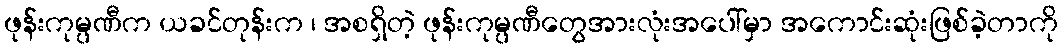
ဖုန်းကုမ္ပဏီက ယခင်တုန်းက ၊ အစရှိတဲ့ ဖုန်းကုမ္ပဏီတွေအားလုံးအပေါ်မှာ အကောင်းဆုံးဖြစ်ခဲ့တာကို